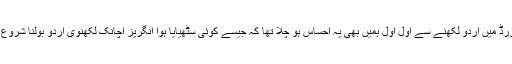
ایم ایس ورڈ میں اُردو لکھنے سے اول اول ہمیں بھی یہ احساس ہو چلا تھا کہ جیسے کوئی سٹھیایا ہوا انگریز اچانک لکھنوی اردو بولنا شروع کر دے!